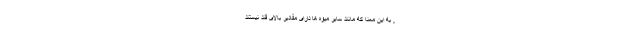
, به این معنا که مانند سایر میوه ها دارای مقادیر بالای قند نیستند